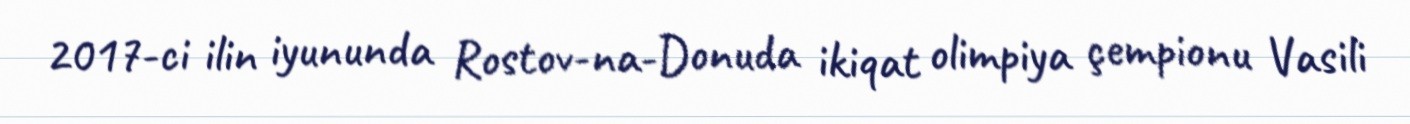
2017-ci ilin iyununda Rostov-na-Donuda ikiqat olimpiya çempionu Vasili